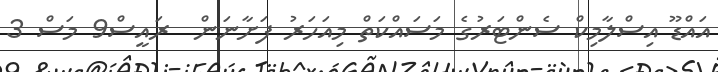
އައްޑޫ އިސްލާމިކް ސެންޓަރުގެ މަސައްކަތް މިއަހަރު ފަށާނަން  ރައީސް9 މަސް 3